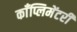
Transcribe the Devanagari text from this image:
काँप्लिमेंटरी